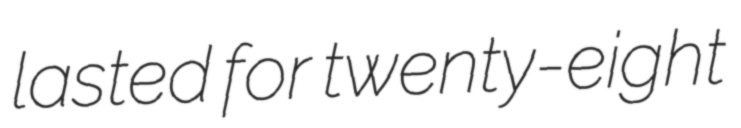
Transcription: lasted for twenty-eight